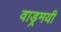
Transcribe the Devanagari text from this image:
वाड्रमयी